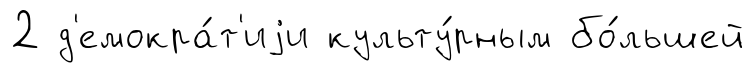
2 д'емокра́т'иjи культу́рным бо́льшей